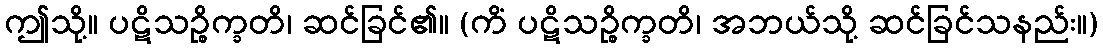
ဤသို့။ ပဋိသဉ္စိက္ခတိ၊ ဆင်ခြင်၏။ (ကိံ ပဋိသဉ္စိက္ခတိ၊ အဘယ်သို့ ဆင်ခြင်သနည်း။)